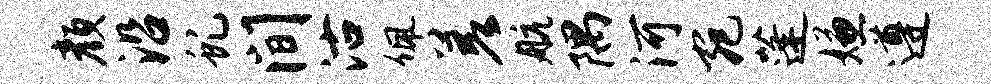
颜沿虬间沽佩差航隅河宛蓬嫌遵